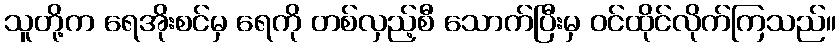
သူတို့က ရေအိုးစင်မှ ရေကို တစ်လှည့်စီ သောက်ပြီးမှ ဝင်ထိုင်လိုက်ကြသည်။